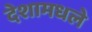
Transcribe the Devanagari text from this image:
देशामधले